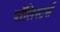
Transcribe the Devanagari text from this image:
पॉलिस्टर्स